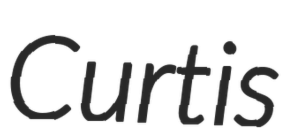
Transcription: Curtis